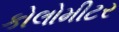
કોલોમીટર